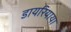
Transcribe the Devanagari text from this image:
डायरियाया